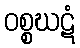
ဝစ္စဃဋံ